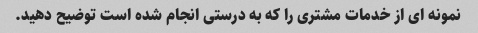
نمونه ای از خدمات مشتری را که به درستی انجام شده است توضیح دهید.